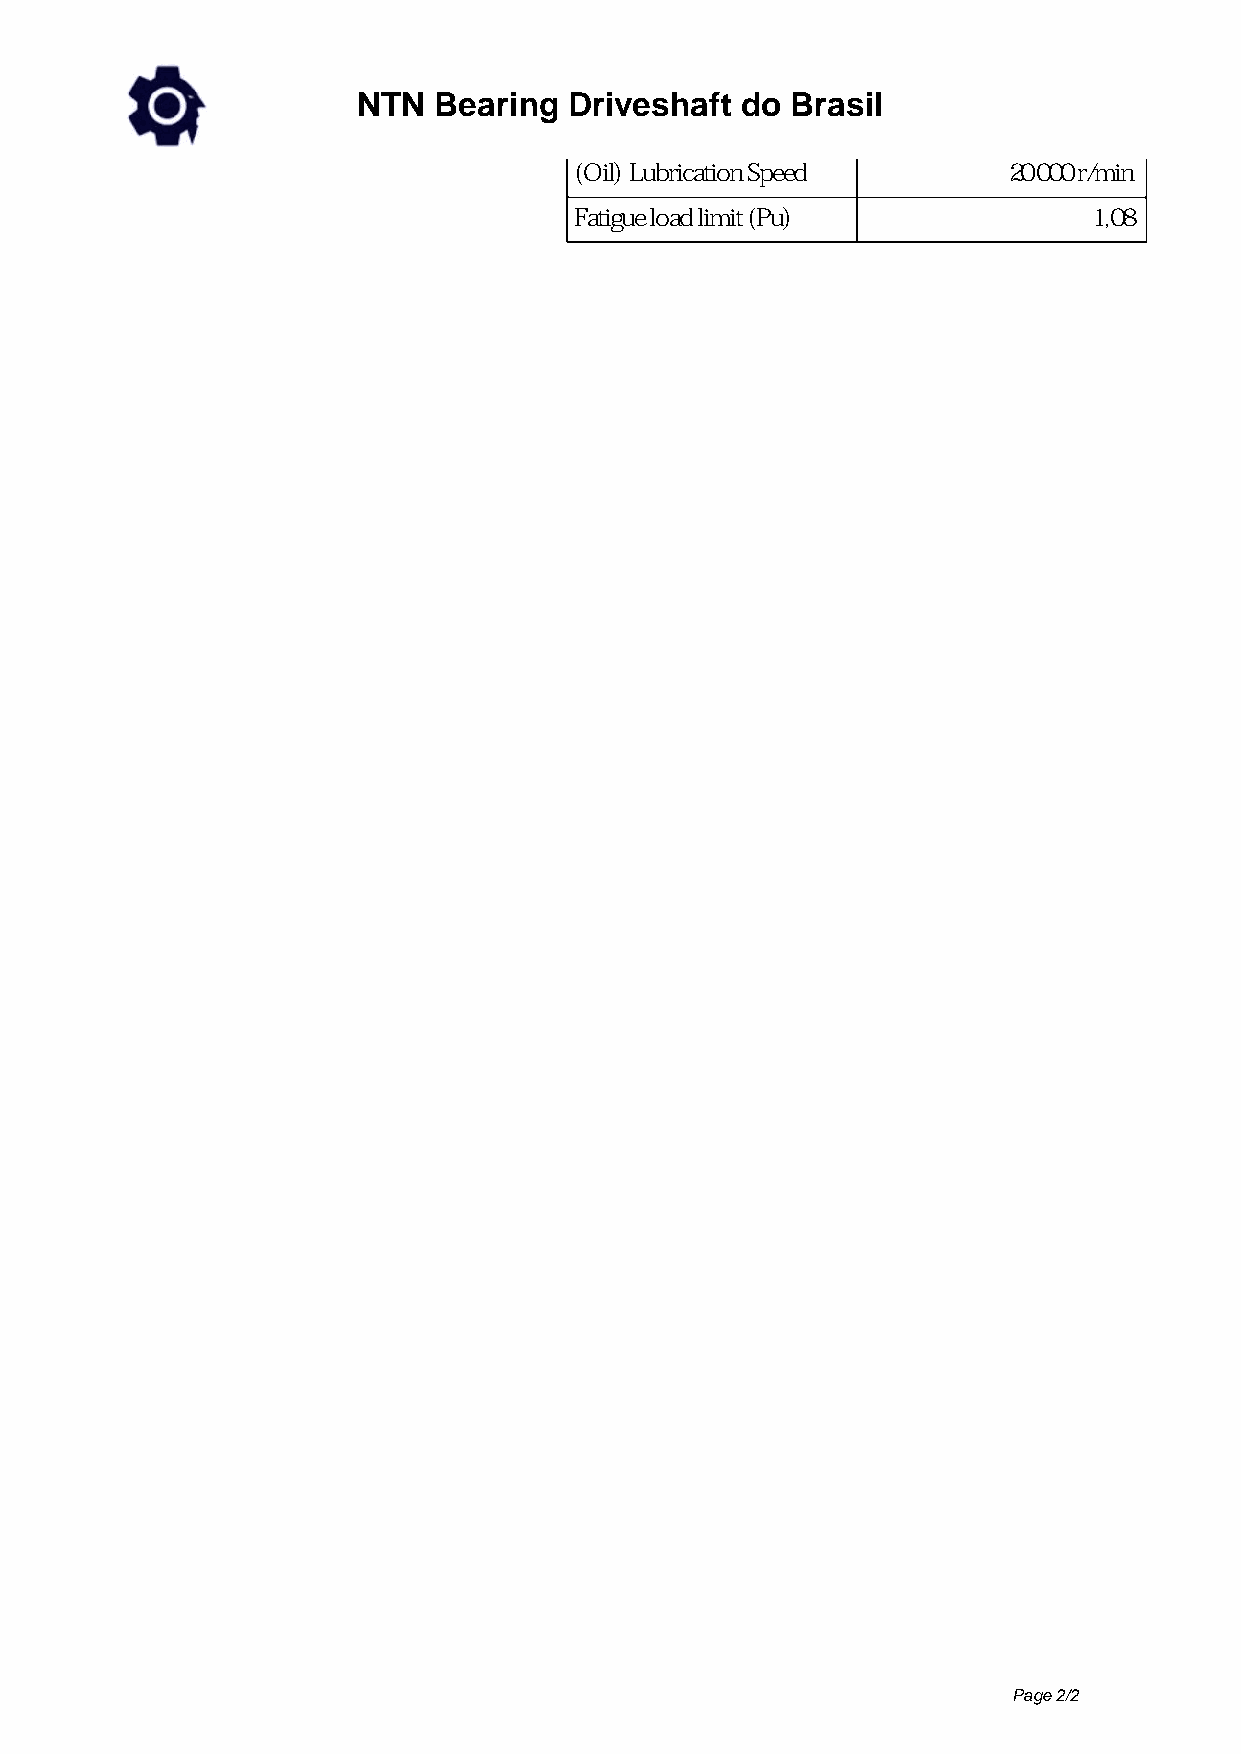
NTN  Bearing  Driveshaft do Brasil
 (Oil) Lubrication Speed      20 000 r/min
 Fatigue load limit (Pu)           1,08
 Page 2/2
 Powered by TCPDF (www.tcpdf.org)